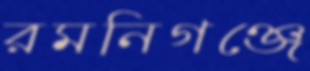
রমনিগঞ্জে